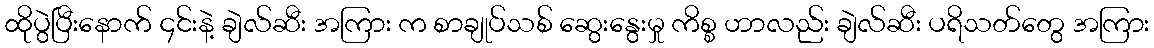
ထိုပွဲပြီးနောက် ၄င်းနဲ့ ချဲလ်ဆီး အကြား က စာချုပ်သစ် ဆွေးနွေးမှု ကိစ္စ ဟာလည်း ချဲလ်ဆီး ပရိသတ်တွေ အကြား